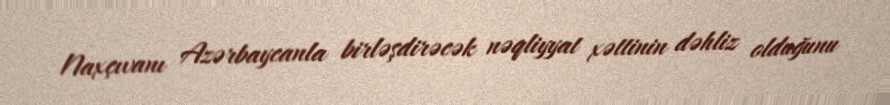
Naxçıvanı Azərbaycanla birləşdirəcək nəqliyyat xəttinin dəhliz olduğunu